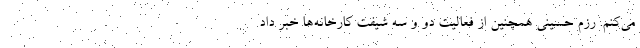
می‌کنم. رزم حسینی همچنین از فعالیت دو و سه شیفت کارخانه‌ها خبر داد